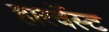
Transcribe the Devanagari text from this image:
हारर्वेस्ट